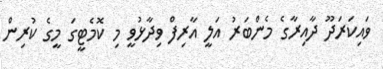
ވައިކަރަދޫ ދާއިރާގެ މެންބަރު އަލީ އާރިފް ވިދާޅުވީ މި ކޮމެޓީގަ މީގެ ކުރިން